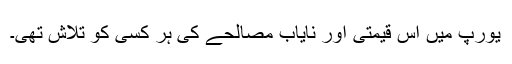
یورپ میں اس قیمتی اور نایاب مصالحے کی ہر کسی کو تلاش تھی۔